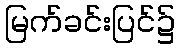
မြက်ခင်းပြင်၌